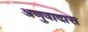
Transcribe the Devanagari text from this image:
अणुवादास